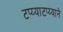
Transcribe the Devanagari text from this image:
टप्य्याटप्य्याने